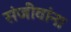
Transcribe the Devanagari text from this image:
संजीवांना